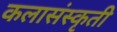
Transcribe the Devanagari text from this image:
कलासंस्कृती